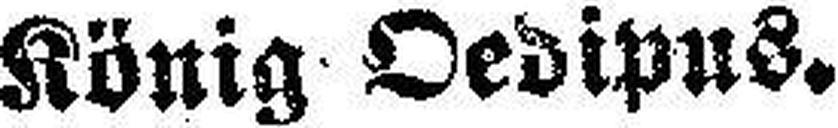
König Oedipus.